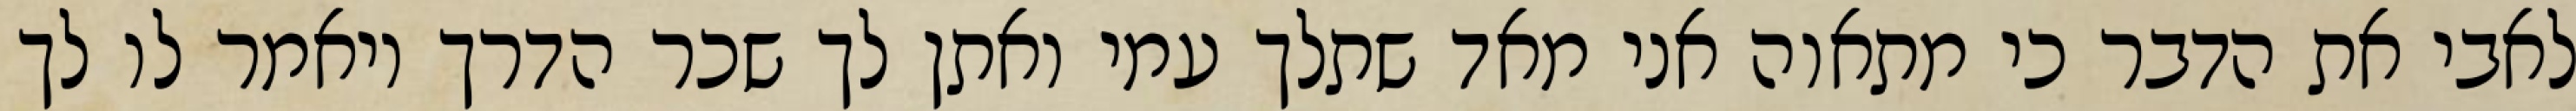
לאבי את הדבר כי מתאוה אני מאד שתלך עמי ואתן לך שכר הדרך ויאמר לו לך